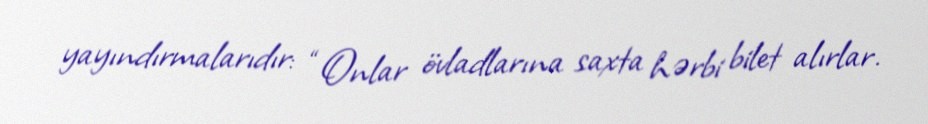
yayındırmalarıdır: “Onlar övladlarına saxta hərbi bilet alırlar.